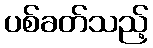
ပစ်ခတ်သည့်